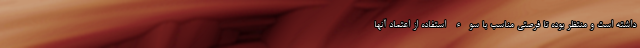
داشته است و منتظر بوده تا فرصتی مناسب با سوء استفاده از اعتماد آنها